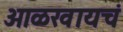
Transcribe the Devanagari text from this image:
ओळखायचं